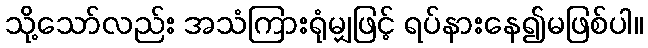
သို့သော်လည်း အသံကြားရုံမျှဖြင့် ရပ်နားနေ၍မဖြစ်ပါ။